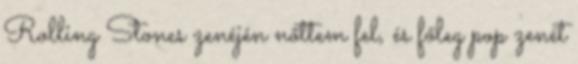
Rolling Stones zenéjén nőttem fel, és főleg pop zenét